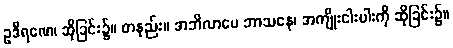
ဥဒီရဏေ၊ ဆိုခြင်း၌။ တနည်း။ အဘိလာပေ ဘာသနေ၊ အကျိုးငါးပါးကို ဆိုခြင်း၌။